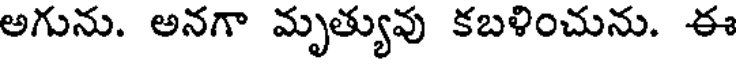
అగును. అనగా మృత్యువు కబళించును. ఈ